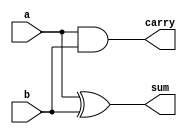
module half_adder_gl(a, b, sum, carry);
input a, b;
output sum, carry;
and g1(carry, a, b);
xor g2(sum, a, b);
endmodule

module full_adder_using_half_adder(a, b, c, sum, carry);
input a, b, c;
output sum, carry;
wire w1, w2, w3;
half_adder_gl i1(a, b, w1, w2);
half_adder_gl i2(w1, c, sum, w3);
or g1(carry, w2, w3);
endmodule

module full_adder_using_half_adder_tb;
reg a, b, c;
wire sum, carry;
full_adder_using_half_adder i(a, b, c, sum, carry);
initial
begin
	a = 1'b0;
	b = 1'b0;
	c = 1'b0;
	$monitor("Time:%0t a=%b b=%b c=%b sum=%b carry=%b", $time, a, b, c, sum, carry);
	#5 a=1'b0; b=1'b0; c=1'b0;
	#5 a=1'b0; b=1'b0; c=1'b1;
	#5 a=1'b0; b=1'b1; c=1'b0;
	#5 a=1'b0; b=1'b1; c=1'b1;
	#5 a=1'b1; b=1'b0; c=1'b0;
	#5 a=1'b1; b=1'b0; c=1'b1;
	#5 a=1'b1; b=1'b1; c=1'b0;
	#5 a=1'b1; b=1'b1; c=1'b1;
end
endmodule